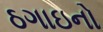
ઠગાઇનો